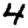
Digit: 4